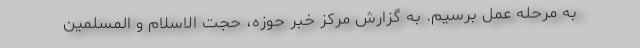
به مرحله عمل برسیم. به گزارش مرکز خبر حوزه، حجت الاسلام و المسلمین